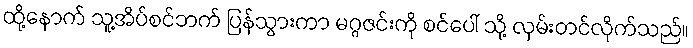
ထို့နောက် သူ့အိပ်စင်ဘက် ပြန်သွားကာ မဂ္ဂဇင်းကို စင်ပေါ် သို့ လှမ်းတင်လိုက်သည်။